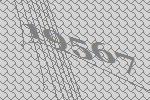
19567